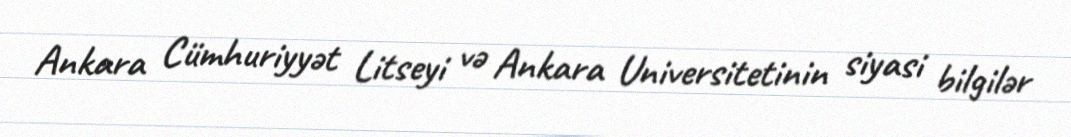
Ankara Cümhuriyyət Litseyi və Ankara Universitetinin siyasi bilgilər